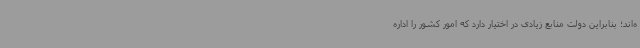
ه‌اند؛ بنابراین دولت منابع زیادی در اختیار دارد که امور کشور را اداره